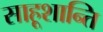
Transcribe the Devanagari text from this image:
साहूशान्ति